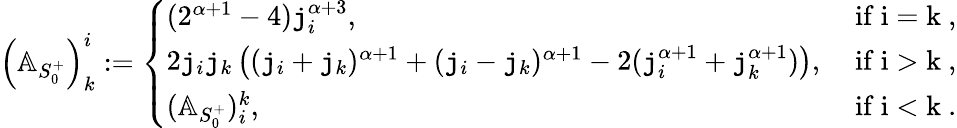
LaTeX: \begin{array}{r}{\left(\mathbb{A}_{S_{0}^{+}}\right)_{k}^{i}:=\left\{ \begin{array}{ll}{(2^{\alpha+1}-4)\mathtt{j}_{i}^{\alpha+3},}&{\mathrm{~if~i=k~,}}\\ {2\mathtt{j}_{i}\mathtt{j}_{k}\left((\mathtt{j}_{i}+\mathtt{j}_{k})^{\alpha+1}+(\mathtt{j}_{i}-\mathtt{j}_{k})^{\alpha+1}-2(\mathtt{j}_{i}^{\alpha+1}+\mathtt{j}_{k}^{\alpha+1})\right),}&{\mathrm{~if~i>k~,}}\\ {(\mathbb{A}_{S_{0}^{+}})_{i}^{k},}&{\mathrm{~if~i<k~.}}\end{array}\right.}\end{array}